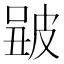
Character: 𤿮